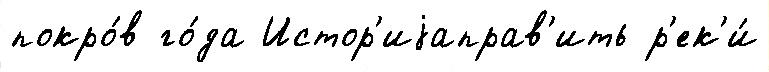
покро́в го́да Истор'иjаправ'ить р'ек'и́